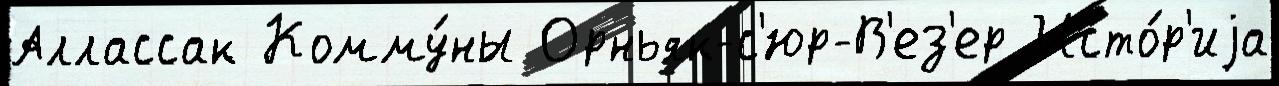
Аллассак Комму́ны Орньяк-с'юр-В'ез'ер Исто́р'иjа